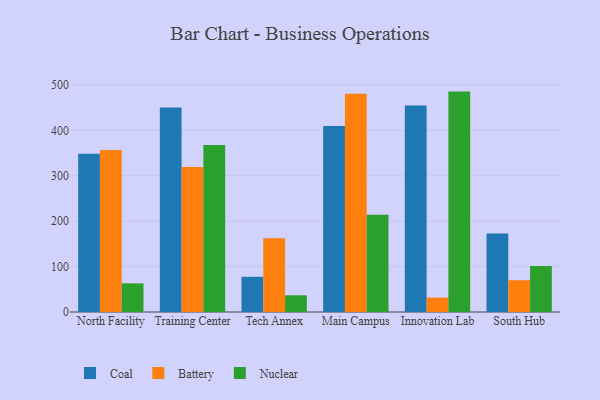
{"axis": {"x": "Campus", "y": "Inventory Turnover"}, "legend": ["Battery", "Coal", "Nuclear"], "data": [{"x": "North Facility", "y": 348.5, "type": "Coal"}, {"x": "North Facility", "y": 356.7, "type": "Battery"}, {"x": "North Facility", "y": 63.0, "type": "Nuclear"}, {"x": "Training Center", "y": 450.3, "type": "Coal"}, {"x": "Training Center", "y": 319.2, "type": "Battery"}, {"x": "Training Center", "y": 367.9, "type": "Nuclear"}, {"x": "Tech Annex", "y": 77.5, "type": "Coal"}, {"x": "Tech Annex", "y": 162.4, "type": "Battery"}, {"x": "Tech Annex", "y": 36.8, "type": "Nuclear"}, {"x": "Main Campus", "y": 409.7, "type": "Coal"}, {"x": "Main Campus", "y": 480.5, "type": "Battery"}, {"x": "Main Campus", "y": 213.9, "type": "Nuclear"}, {"x": "Innovation Lab", "y": 454.6, "type": "Coal"}, {"x": "Innovation Lab", "y": 31.7, "type": "Battery"}, {"x": "Innovation Lab", "y": 485.3, "type": "Nuclear"}, {"x": "South Hub", "y": 172.7, "type": "Coal"}, {"x": "South Hub", "y": 69.9, "type": "Battery"}, {"x": "South Hub", "y": 101.4, "type": "Nuclear"}]}